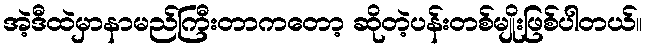
အဲ့ဒီထဲမှာနာမည်ကြီးတာကတော့ ဆိုတဲ့ပန်းတစ်မျိုးဖြစ်ပါတယ်။